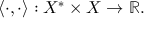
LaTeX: \langle \cdot , \cdot \rangle : X ^ { * } \times X \to \mathbb { R } .